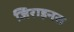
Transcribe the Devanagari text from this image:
जिराइनस